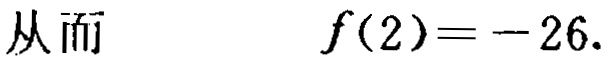
从而\(\quad f(2)=-26\).